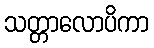
သတ္တာလောပိကာ